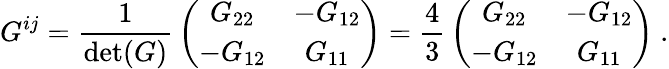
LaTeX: G^{ij}={\frac{1}{\operatorname*{det}(G)}}\left(\begin{array}{cc}{{G_{22}}}&{{-G_{12}}}\\ {{-G_{12}}}&{{G_{11}}}\end{array}\right)={\frac{4}{3}}\left(\begin{array}{cc}{{G_{22}}}&{{-G_{12}}}\\ {{-G_{12}}}&{{G_{11}}}\end{array}\right)~.